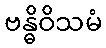
ဗန္ဓိဝိသမံ